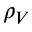
\rho _ { V }